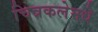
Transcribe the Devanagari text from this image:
चित्रकलेमधे